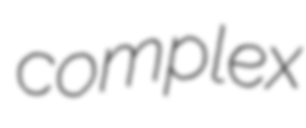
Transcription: complex